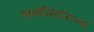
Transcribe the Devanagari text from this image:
एग्नॉस्टिसिज्म